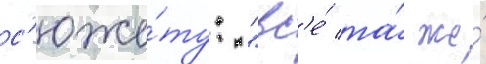
с'юже́ту: "вс'е́ та́ же́